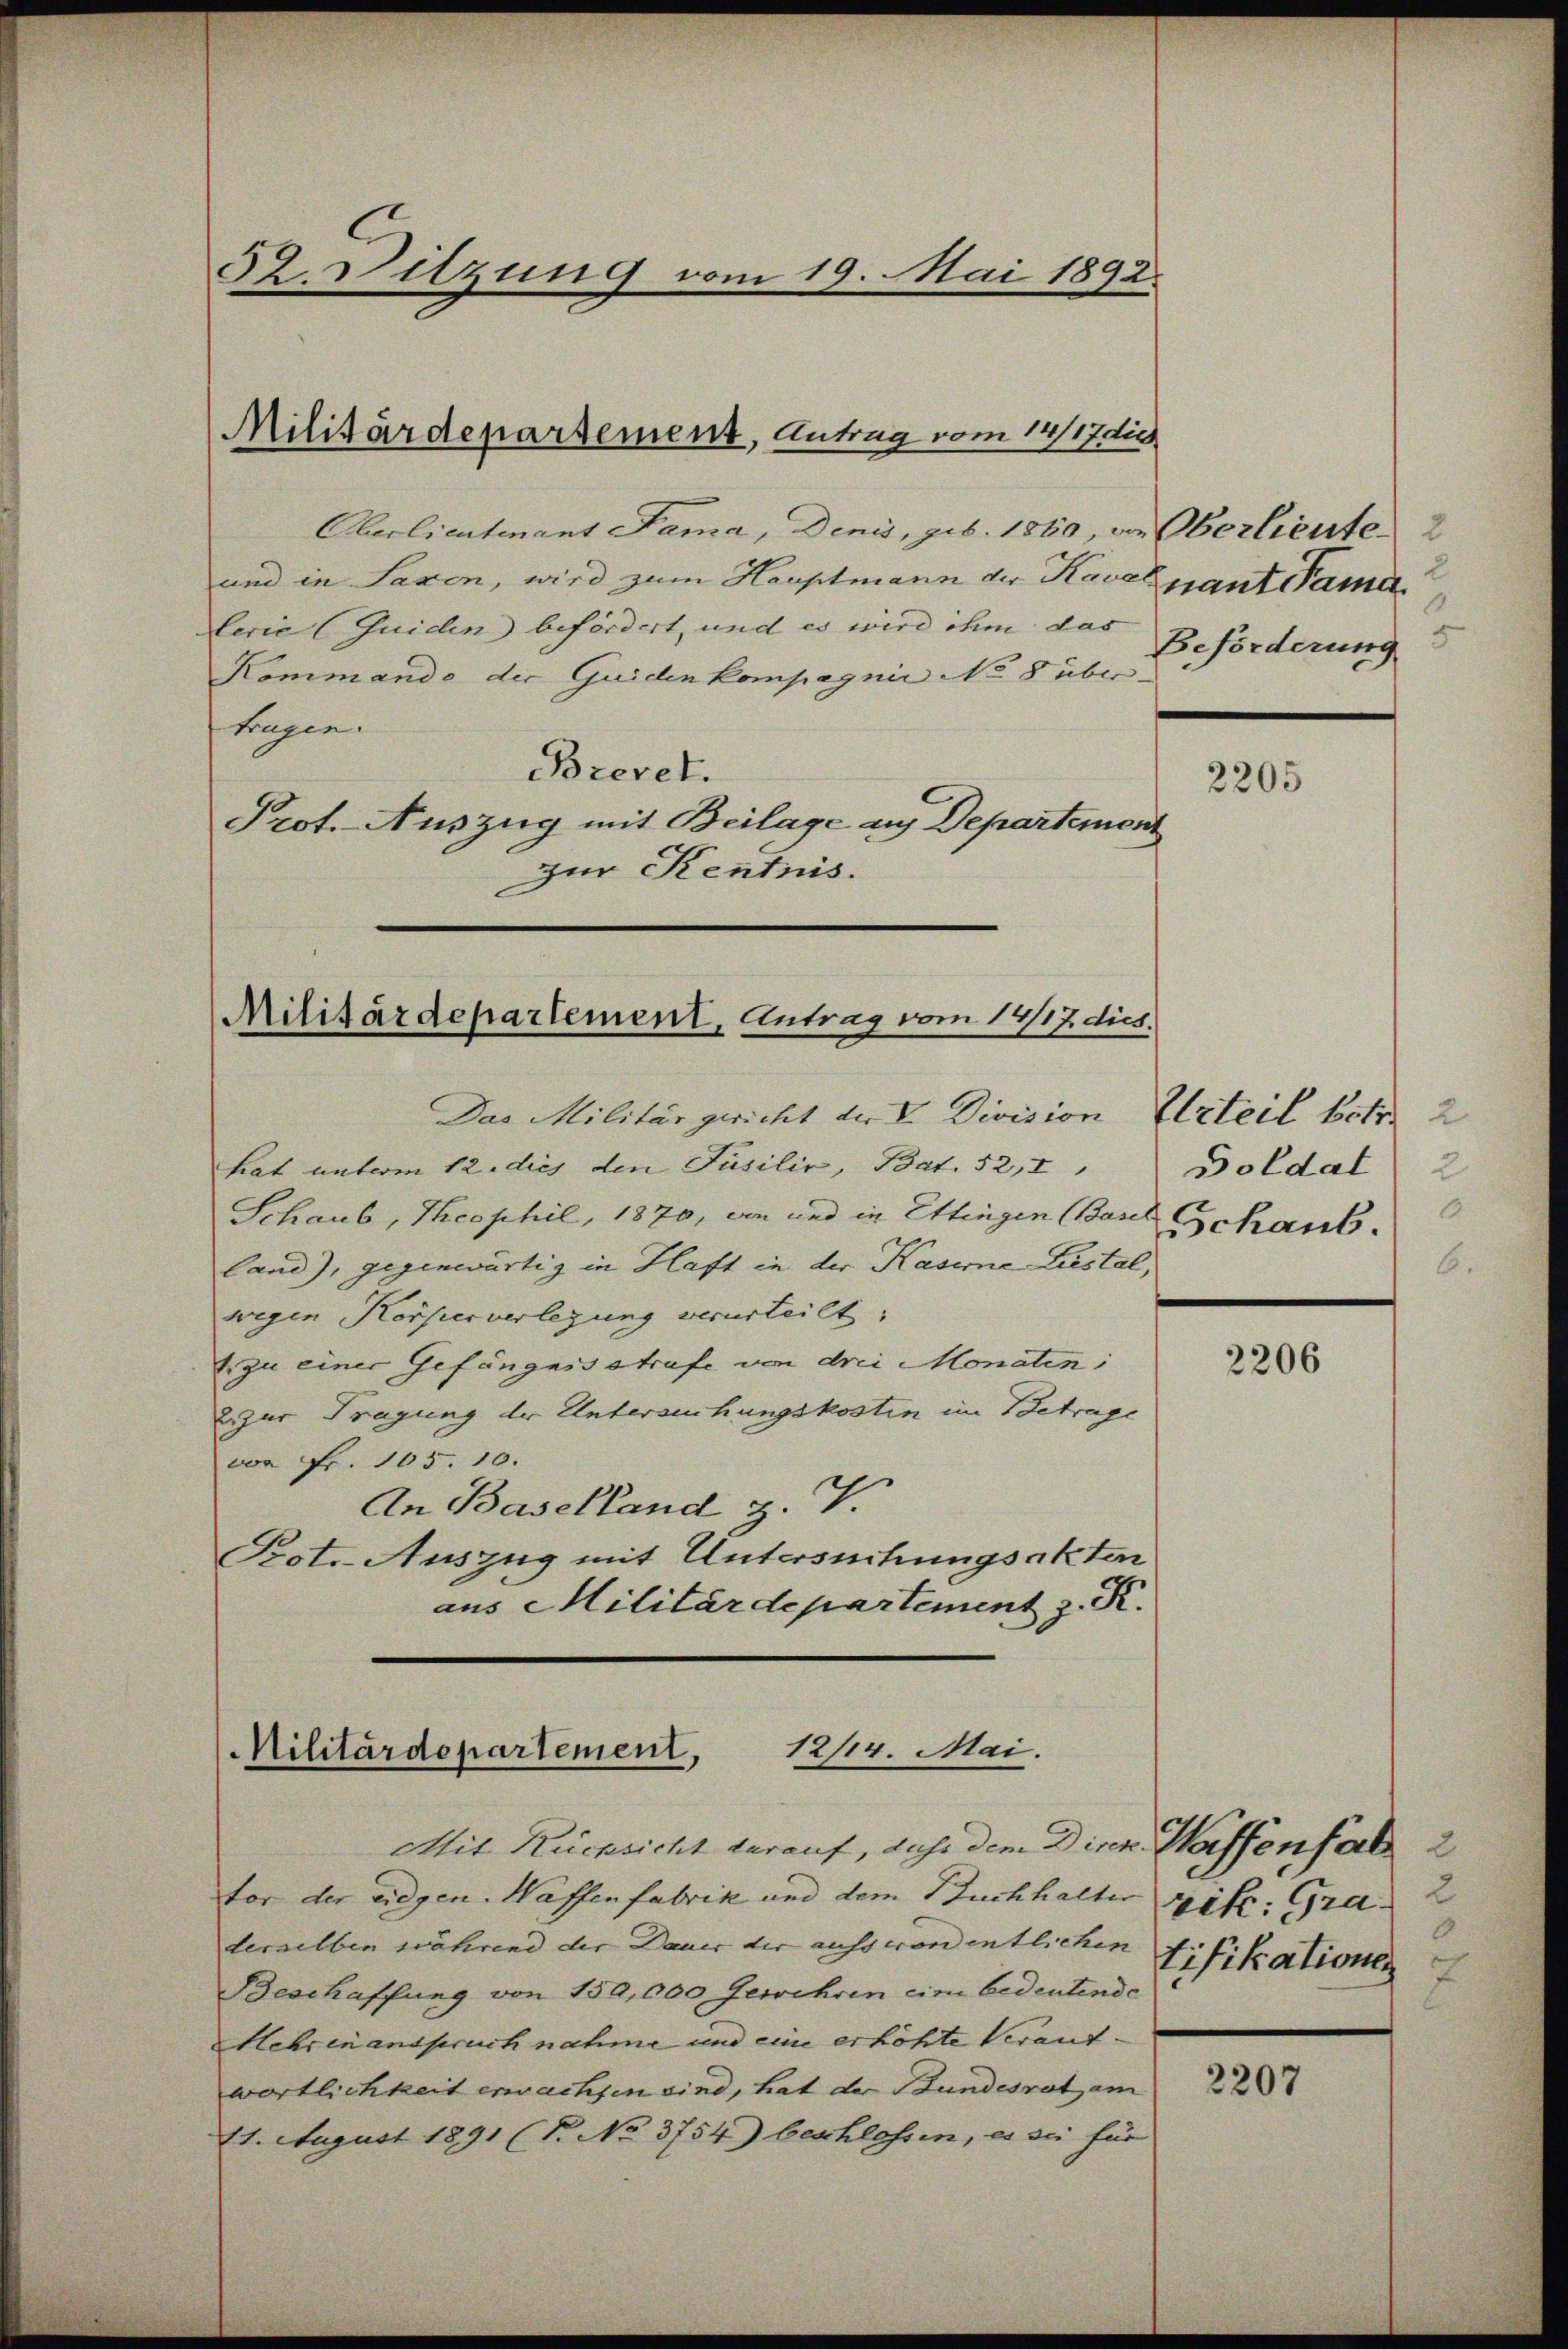
52. Sitzung vom 19. Mai 1892.

Oberlieutnant Fama, Denis, geb. 1850, von Oberlieute 2
und in Saxon, wird zum Hauptmann der Kavel pant damit
lerie (Guiden befördert, und es wird ihm das
Kommando der Guiden kompagnie No 8 über.
tragen.
Brevet.
Prot. Auszug mit Beilage aus Departemont
zur Kentnis.

Militärdepartement, Antrag vom 14/17 dies

Militärdepartement, Antrag vom 14/17. dies.

Militärdepartement, 12/14. Mai.

Das Militär gericht der V. Division
hat unterm 12. dies den Füsilie, Bat. 52,1
Schaub, Theophil, 1870, von und in Ettingen Bon Schaub
land), gegenwärtig in Haft in der Kaserne Liestal,
wegen Körperverlegung verurteilt:
2 zu einer Gefängnisstrafe von drei Monaten:
2 zur Tragung der Untersuchungskosten im Betrage
von Fr. 105. 10.
An Baselland z. V.
Pot. Auszug mit Untersuchungsakten
aus Militärdepartement z. R.

2
Beförderung

Mit Rücksicht herauf, dass dem Dinn. Wassen fal
tor der eidgen. Waffenfabrik und dem Buchhalter
derselben während der Dauer der auss von entlichen
Beschaffung von 150,000 Gewehren eine bedeutende
Mehren anspruch nahme und eine erhöhte Verant-
wortlichkeit erwachsen sind, hat der Bundesrat am
11. August 1891 (T. No 3754) beschlossen, es sei für

2205

Urteil betr. 2
Goldat 2

2206

2
zik: Gra
0
tifikationen
7

2207